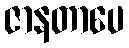
ဇာနတာပေ